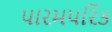
પારમપરિક